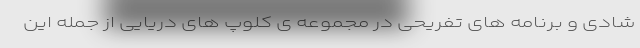
شادی و برنامه های تفریحی در مجموعه ی کلوپ های دریایی از جمله این